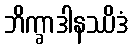
ဘိက္ခာဒါနဿိဒံ